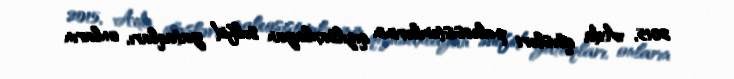
2015, Ada qövsləri paleosistemlərinin qızılsaxlayan sulfid yataqları, onların